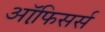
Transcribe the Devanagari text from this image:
ऑफि़सर्स